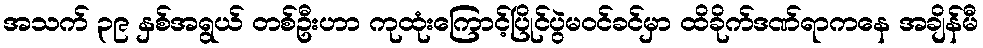
အသက် ၃၉ နှစ်အရွယ် တစ်ဦးဟာ ကုထုံးကြောင့်ပြိုင်ပွဲမဝင်ခင်မှာ ထိခိုက်ဒဏ်ရာကနေ အချိန်မီ